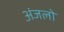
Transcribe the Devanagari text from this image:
अंजलो